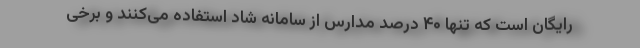
رایگان است که تنها ۴۰ درصد مدارس از سامانه شاد استفاده می‌کنند و برخی